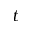
t